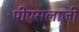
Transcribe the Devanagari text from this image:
पीएसलाजी